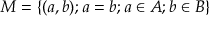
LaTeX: M = \left\{ ( a , b ) ; a = b ; a \in A ; b \in B \right\}